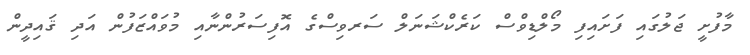
މާފުށީ ޖަލުގައި ފަށައިފި މޯލްޑިވްސް ކަރެކްޝަނަލް ސަރވިސްގެ އޮފިސަރުންނާއި މުވައްޒަފުން އަދި ޤައިދީން